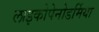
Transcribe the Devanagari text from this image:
लाइकोपेनोडर्मिया